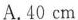
A.40cm